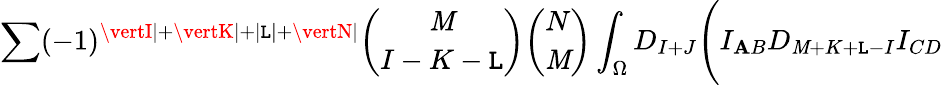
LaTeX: \sum(-1)^{\vertI\vert+\vertK\vert+\vert\mathtt{L}\vert+\vertN\vert}{\binom{\mathit{M}}{I-K-\mathtt{L}}}{\binom{N}{\mathit{M}}}\int_{\Omega}D_{I+J}\Biggl(I_{\mathbf{A}B}D_{\mathit{M}+K+\mathtt{L}-I}I_{CD}